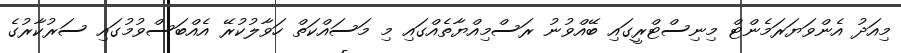
މިއަދު އެންވަޔަރަމެންޓް މިނިސްޓްރީގައި ބޭއްވުނު ރަސްމިއްޔާތެއްގައި މި މަސައްކަތް ހަވާލުކުރޭ އެއްބަސްވުމުގައި ސަރުކާރުގެ